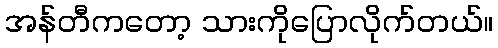
အန်တီကတော့ သားကိုပြောလိုက်တယ်။